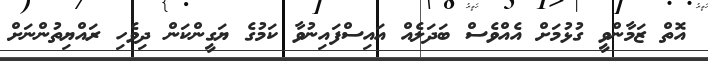
އޮތް ޒަމާންވީ ގުޅުމަށް އެއްވެސް ބަދަލެއް އައިސްފައިނުވާ ކަމުގެ ޔަގީންކަން ދިވެހި ރައްޔިތުންނަށް